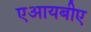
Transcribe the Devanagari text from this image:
एआयबीए